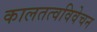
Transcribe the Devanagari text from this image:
कालतत्वविवेचन